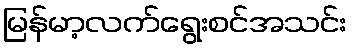
မြန်မာ့လက်ရွေးစင်အသင်း